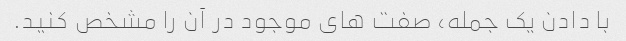
با دادن یک جمله، صفت های موجود در آن را مشخص کنید.